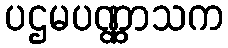
ပဌမပဏ္ဏာသက